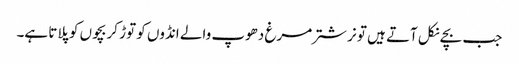
جب بچے نکل آتے ہیں تو نر شتر مرغ دھوپ والے انڈوں کو توڑ کر بچوں کو پلاتا ہے۔